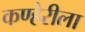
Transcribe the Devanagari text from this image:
कण्हेरीला